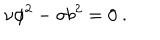
LaTeX: \nu \phi ^ { 2 } - \sigma b ^ { 2 } = 0 ~ .